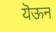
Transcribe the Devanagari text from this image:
यॆऊन